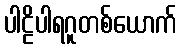
ပါဠိပါရဂူတစ်ယောက်